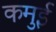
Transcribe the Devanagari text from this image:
कमुई